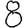
Digit: 8